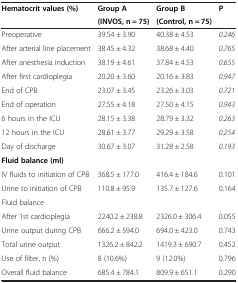
<table><thead><tr><td><b>Hematocrit values (%)</b></td><td><b>Group A</b></td><td><b>Group B</b></td><td><b>P</b></td></tr><tr><td><b> </b></td><td><b>(INVOS, n = 75)</b></td><td><b>(Control, n = 75)</b></td><td><b> </b></td></tr></thead><tbody><tr><td>Preoperative</td><td>39.54 ± 3.90</td><td>40.38 ± 4.53</td><td><i>0</i>.<i>246</i></td></tr><tr><td>After arterial line placement</td><td>38.45 ± 4.32</td><td>38.68 ± 4.40</td><td><i>0</i>.<i>765</i></td></tr><tr><td>After anesthesia induction</td><td>38.19 ± 4.61</td><td>37.84 ± 4.53</td><td><i>0</i>.<i>655</i></td></tr><tr><td>After first cardioplegia</td><td>20.20 ± 3.60</td><td>20.16 ± 3.83</td><td><i>0</i>.<i>947</i></td></tr><tr><td>End of CPB</td><td>23.07 ± 3.45</td><td>23.26 ± 3.03</td><td><i>0</i>.<i>721</i></td></tr><tr><td>End of operation</td><td>27.55 ± 4.18</td><td>27.50 ± 4.15</td><td><i>0</i>.<i>943</i></td></tr><tr><td>6 hours in the ICU</td><td>28.15 ± 3.38</td><td>28.79 ± 3.32</td><td><i>0</i>.<i>263</i></td></tr><tr><td>12 hours in the ICU</td><td>28.61 ± 3.77</td><td>29.29 ± 3.58</td><td><i>0</i>.<i>254</i></td></tr><tr><td>Day of discharge</td><td>30.67 ± 3.07</td><td>31.28 ± 2.58</td><td><i>0</i>.<i>193</i></td></tr><tr><td><b>Fluid balance (ml)</b></td><td> </td><td> </td><td> </td></tr><tr><td>IV fluids to initiation of CPB</td><td>368.5 ± 177.0</td><td>416.4 ± 184.6</td><td>0.101</td></tr><tr><td>Urine to initiation of CPB</td><td>110.8 ± 95.9</td><td>135.7 ± 127.6</td><td>0.164</td></tr><tr><td>Fluid balance</td><td> </td><td> </td><td> </td></tr><tr><td>After 1st cardioplegia</td><td>2240.2 ± 238.8</td><td>2326.0 ± 306.4</td><td>0.055</td></tr><tr><td>Urine output during CPB</td><td>666.2 ± 594.0</td><td>694.0 ± 423.0</td><td>0.743</td></tr><tr><td>Total urine output</td><td>1326.2 ± 842.2</td><td>1419.3 ± 690.7</td><td>0.452</td></tr><tr><td>Use of filter, n (%)</td><td>8 (10.6%)</td><td>9 (12.0%)</td><td>0.796</td></tr><tr><td>Overall fluid balance</td><td>685.4 ± 784.1</td><td>809.9 ± 651.1</td><td>0.290</td></tr></tbody></table>